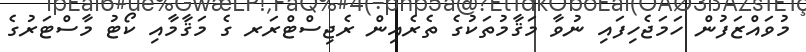
މުވައްޒަފުން ހަމަޖެހިފައި ނުވާ މަޤާމުތަކުގެ ތެރެއިން ރެޖިސްޓްރަރ ގެ މަޤާމާއި ކޯޓު މާސްޓަރުގެ